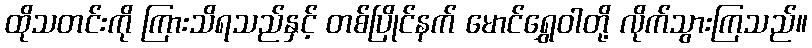
ထိုသတင်းကို ကြားသိရသည်နှင့် တစ်ပြိုင်နက် မောင်ရွှေဝါတို့ လိုက်သွားကြသည်။